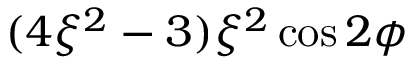
( 4 \xi ^ { 2 } - 3 ) \xi ^ { 2 } \cos 2 \phi